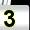
Digit: 3